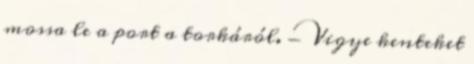
mossa le a port a torkáról. - Vigye kenteket